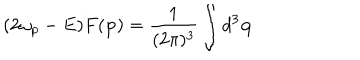
( 2 \omega _ { p } - E ) F ( \mathbf { p } ) = \frac { 1 } { ( 2 \pi ) ^ { 3 } } \int d ^ { 3 } \mathbf { q }